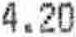
4.20